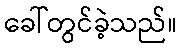
ခေါ်တွင်ခဲ့သည်။